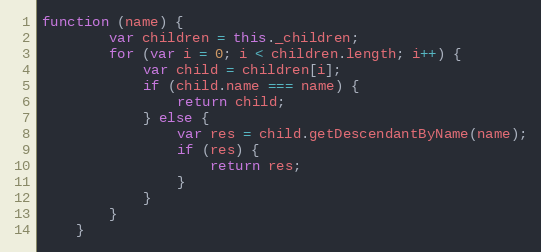
Language: JavaScript
function (name) {
        var children = this._children;
        for (var i = 0; i < children.length; i++) {
            var child = children[i];
            if (child.name === name) {
                return child;
            } else {
                var res = child.getDescendantByName(name);
                if (res) {
                    return res;
                }
            }
        }
    }